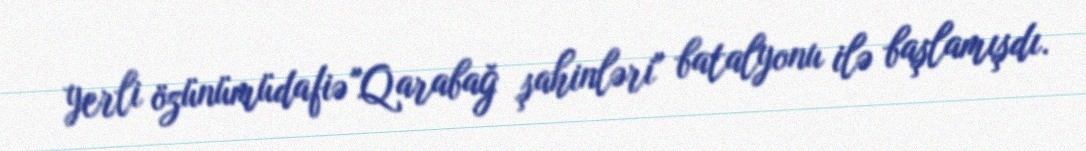
yerli özünümüdafiə "Qarabağ şahinləri" batalyonu ilə başlamışdı.